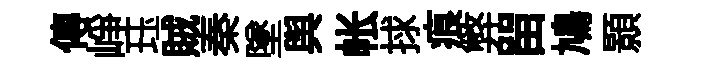
傳峥珏賊秦墜舆帐捄痕弊㽞鳩顥